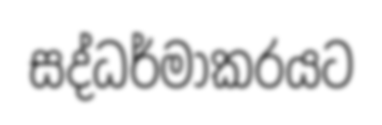
සද්ධර්මාකරයට